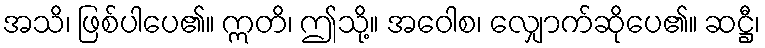
အသိ၊ ဖြစ်ပါပေ၏။ ဣတိ၊ ဤသို့။ အဝေါစ၊ လျှောက်ဆိုပေ၏။ ဆဋ္ဌီ၊